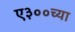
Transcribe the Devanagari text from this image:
ए३००च्या